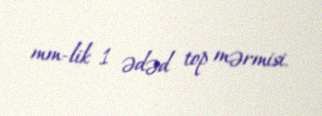
mm-lik 1 ədəd top mərmisi.